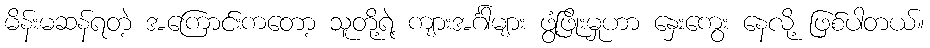
မိန်းမဆန်ရတဲ့ အကြောင်းကတော့ သူတို့ရဲ့ ကျားအင်္ဂါများ ဖွံ့ဖြိုးမှုဟာ နှေးကွေး နေလို့ ဖြစ်ပါတယ်။